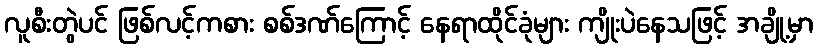
လူစီးတွဲပင် ဖြစ်လင့်ကစား စစ်ဒဏ်ကြောင့် နေရာထိုင်ခုံများ ကျိုးပဲနေသဖြင့် အချို့မှာ